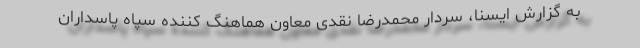
به گزارش ایسنا، سردار محمدرضا نقدی معاون هماهنگ کننده سپاه پاسداران